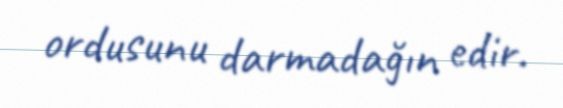
ordusunu darmadağın edir.